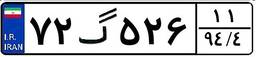
۷۲گ۵۲۶۱۱